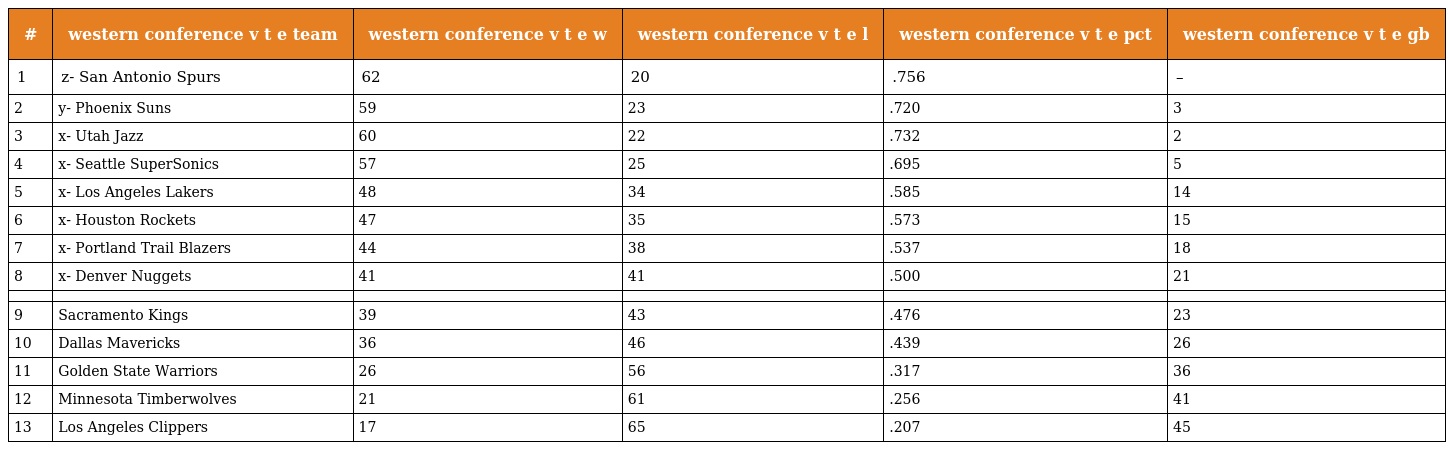
| # | western conference v t e team | western conference v t e w | western conference v t e l | western conference v t e pct | western conference v t e gb |
 | --- | --- | --- | --- | --- | --- |
 | 1 | z- San Antonio Spurs | 62 | 20 | .756 | – |
 | 2 | y- Phoenix Suns | 59 | 23 | .720 | 3 |
 | 3 | x- Utah Jazz | 60 | 22 | .732 | 2 |
 | 4 | x- Seattle SuperSonics | 57 | 25 | .695 | 5 |
 | 5 | x- Los Angeles Lakers | 48 | 34 | .585 | 14 |
 | 6 | x- Houston Rockets | 47 | 35 | .573 | 15 |
 | 7 | x- Portland Trail Blazers | 44 | 38 | .537 | 18 |
 | 8 | x- Denver Nuggets | 41 | 41 | .500 | 21 |
 |  |  |  |  |  |  |
 | 9 | Sacramento Kings | 39 | 43 | .476 | 23 |
 | 10 | Dallas Mavericks | 36 | 46 | .439 | 26 |
 | 11 | Golden State Warriors | 26 | 56 | .317 | 36 |
 | 12 | Minnesota Timberwolves | 21 | 61 | .256 | 41 |
 | 13 | Los Angeles Clippers | 17 | 65 | .207 | 45 |